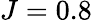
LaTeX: J=0.8